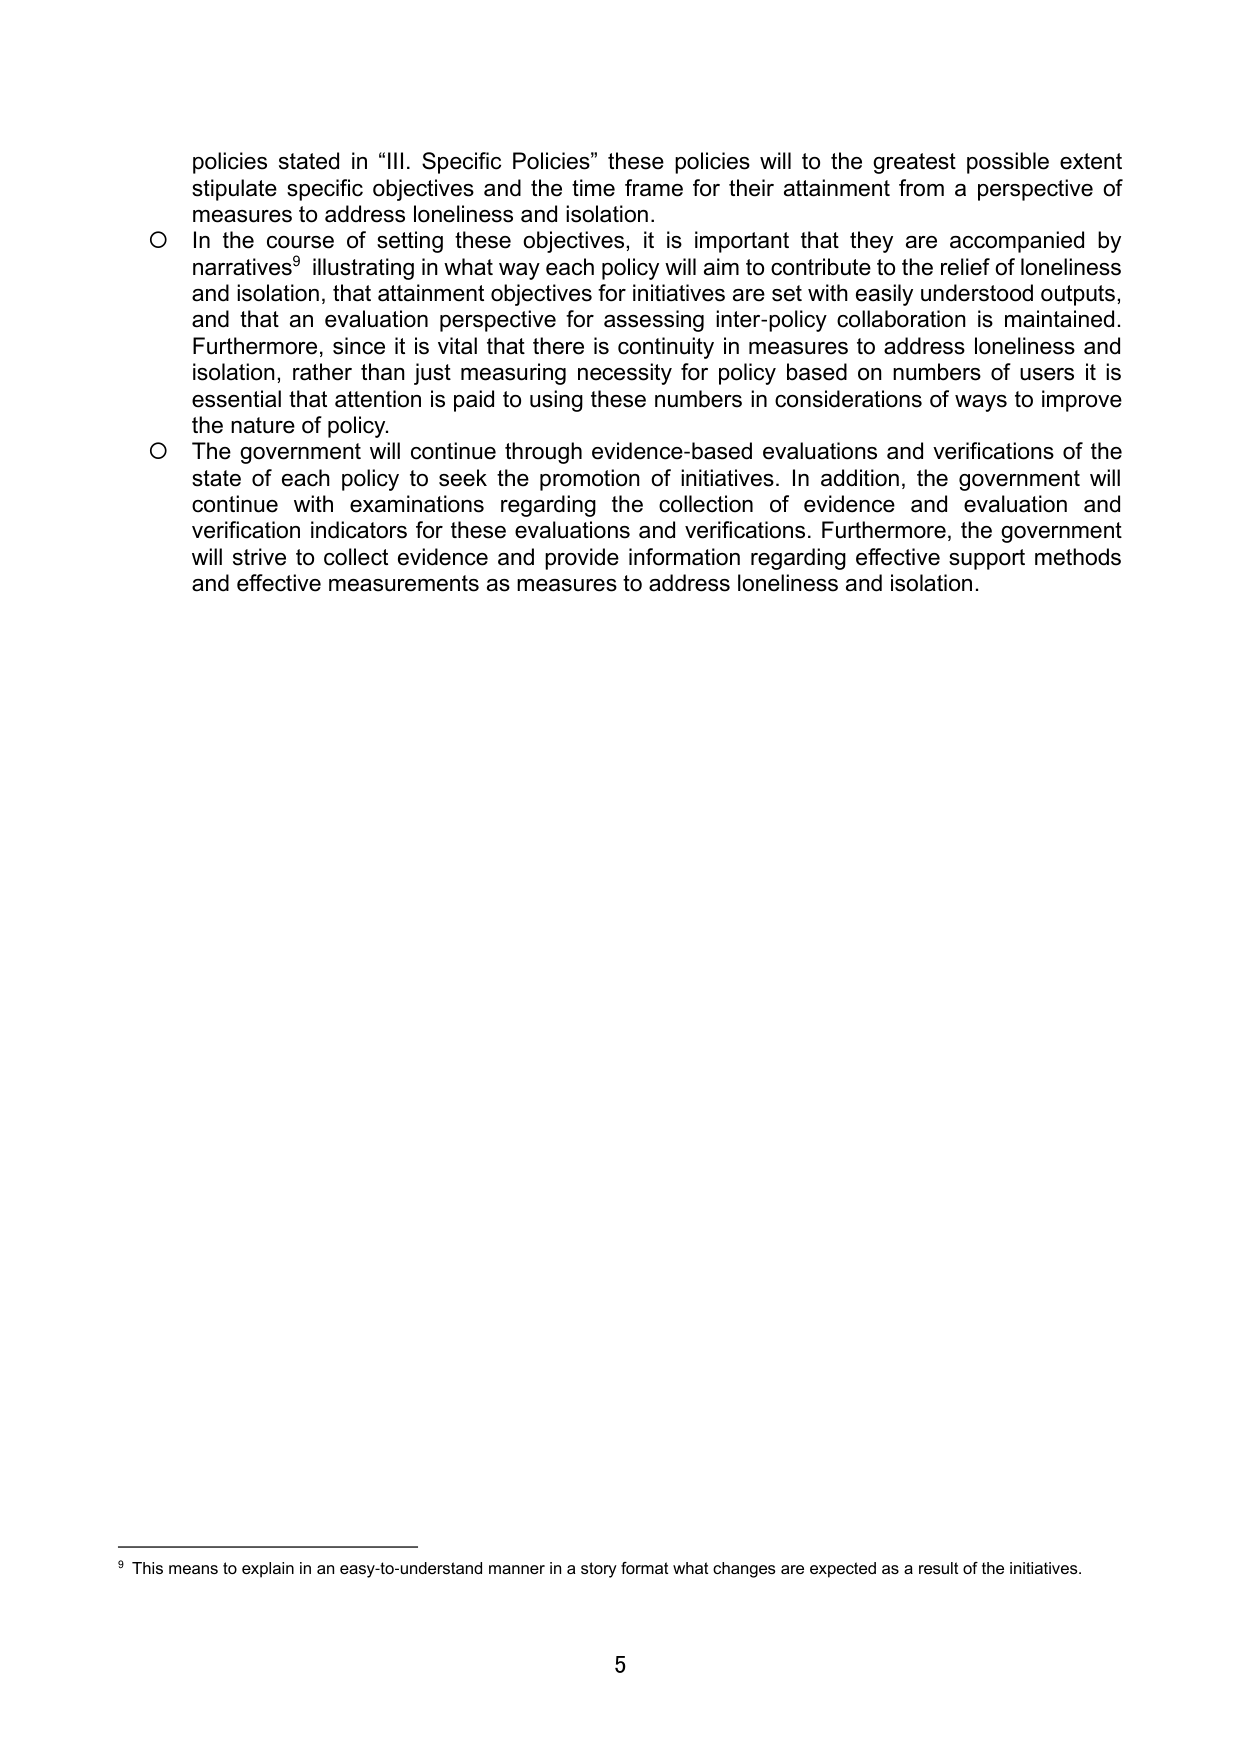
policies stated in “III. Specific Policies” these policies will to the greatest possible extent stipulate specific objectives and the time frame for their attainment from a perspective of measures to address loneliness and isolation.

○ In the course of setting these objectives, it is important that they are accompanied by narratives⁹ illustrating in what way each policy will aim to contribute to the relief of loneliness and isolation, that attainment objectives for initiatives are set with easily understood outputs, and that an evaluation perspective for assessing inter-policy collaboration is maintained. Furthermore, since it is vital that there is continuity in measures to address loneliness and isolation, rather than just measuring necessity for policy based on numbers of users it is essential that attention is paid to using these numbers in considerations of ways to improve the nature of policy.

○ The government will continue through evidence-based evaluations and verifications of the state of each policy to seek the promotion of initiatives. In addition, the government will continue with examinations regarding the collection of evidence and evaluation and verification indicators for these evaluations and verifications. Furthermore, the government will strive to collect evidence and provide information regarding effective support methods and effective measurements as measures to address loneliness and isolation.

⁹ This means to explain in an easy-to-understand manner in a story format what changes are expected as a result of the initiatives.

5